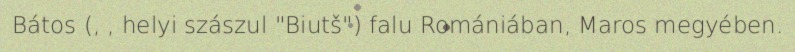
Bátos (, , helyi szászul "Biutš") falu Romániában, Maros megyében.